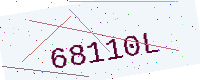
Text: 68110L